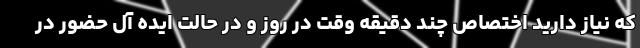
که نیاز دارید اختصاص چند دقیقه وقت در روز و در حالت ایده آل حضور در